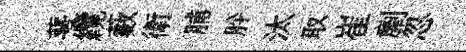
萼纜藪衛脯肸汰取崔劘忽